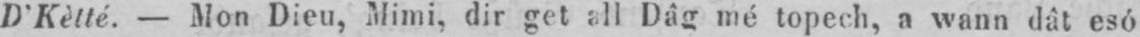
D’Kètté. - Mon Dieu, Mimi, dir get all Dâg mé topech, a wann dât esó